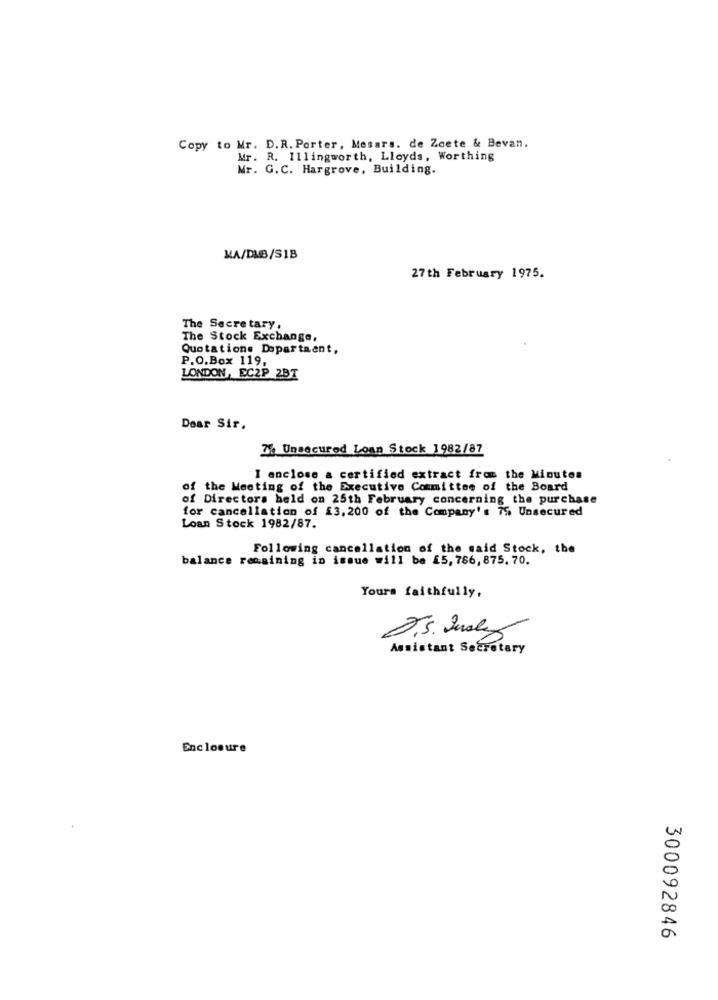
Copy to Mr. D. R. Porter, Messrs. de Zoete & Bevan.
Mr. R. 111ingworth, Lloyds, Worthing
Mr. G.C. Hargrove, Building.
MA/DUB/SIB
27th February 1975.
The Secretary.
The Stock Exchange,
Quotations Department,
P.O.Box 119,
LONDON, EC2P 2BT
Dear Sir.
7% Unsecured Loan Stock 1982/87
I enclose a certified extract from the Minutos
of the Meeting of the Executive Committee of the Board
of Directors held on 25th February concerning the purchase
for cancellation of £3,200 of the Company's 75 Unsecured
Loan Stock 1982/87.
Following cancellation of the said Stock, the
balance remaining in issue will be £5, 786, 875. 70.
Yours faithfully,
P.S. Lesley
Assistant Secretary
Enclosure
300092846